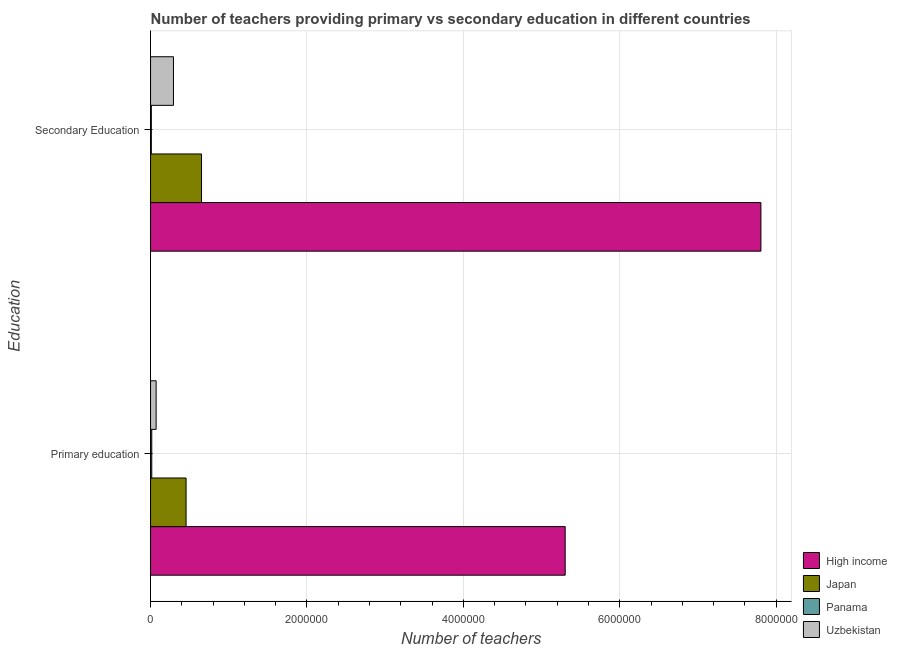
| Education | High income | Japan | Panama | Uzbekistan |
 | --- | --- | --- | --- | --- |
 | Primary education | 5.3e+06 | 4.54e+05 | 1.52e+04 | 7.1e+04 |
 | Secondary Education | 7.81e+06 | 6.52e+05 | 9.75e+03 | 2.93e+05 |